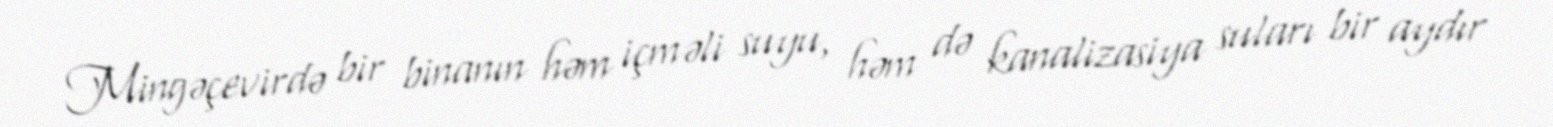
Mingəçevirdə bir binanın həm içməli suyu, həm də kanalizasiya suları bir aydır